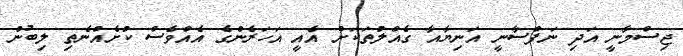
ޖިސްމާނީ އަދި ނަފްސާނީ އަނިޔާއާ ގެއްލުތަކަށް އެއީ އަހަރެންގެ އެއްވެސް ކުށެއްނެތި ލިބުނު